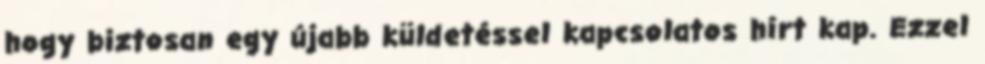
hogy biztosan egy újabb küldetéssel kapcsolatos hírt kap. Ezzel